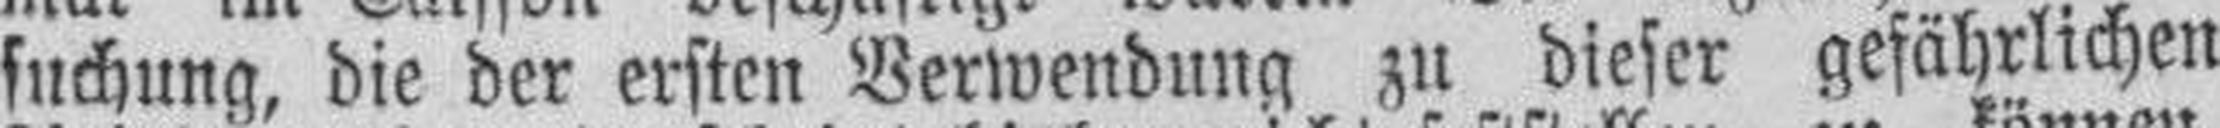
suchung, die der ersten Verwendung zu dieser gefährlichen